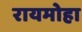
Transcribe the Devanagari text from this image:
रायमोहा